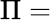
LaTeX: \Pi=